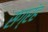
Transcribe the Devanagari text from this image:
सग्रंह